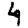
Digit: 4